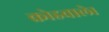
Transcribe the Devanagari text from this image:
क्रोडवाले।